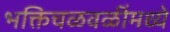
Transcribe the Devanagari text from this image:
भक्तिचळवळींमध्ये